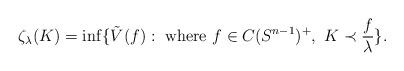
LaTeX: \begin{align*}\zeta_\lambda(K)=\inf\{\tilde{V}(f): \mbox{ where } f\in C(S^{n-1})^+, \, \, K\prec \frac{f}{\lambda} \}. \end{align*}